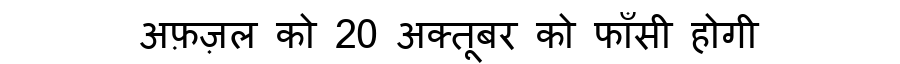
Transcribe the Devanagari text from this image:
अफ़ज़ल को 20 अक्तूबर को फाँसी होगी